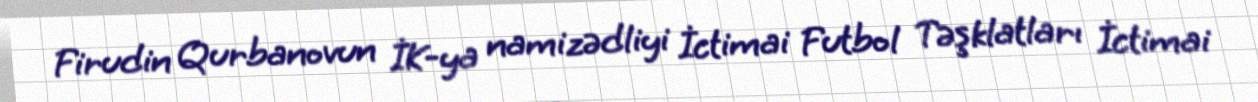
Firudin Qurbanovun İK-ya namizədliyi İctimai Futbol Təşklatları İctimai